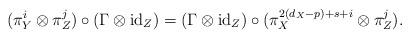
LaTeX: \begin{align*}(\pi_Y^i\otimes \pi_Z^j) \circ (\Gamma\otimes \mathrm{id}_Z) = (\Gamma \otimes\mathrm{id}_Z) \circ (\pi_X^{2(d_X-p)+s+i}\otimes \pi_Z^j).\end{align*}